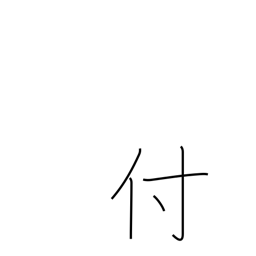
Meaning: adhere